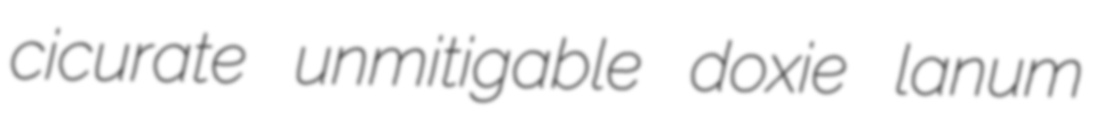
cicurate unmitigable doxie lanum